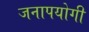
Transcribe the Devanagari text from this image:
जनापयोगी